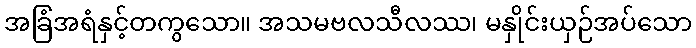
အခြံအရံနှင့်တကွသော။ အသမဗလသီလဿ၊ မနှိုင်းယှဉ်အပ်သော